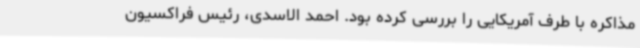
مذاکره با طرف آمریکایی را بررسی کرده بود. احمد الاسدی، رئیس فراکسیون